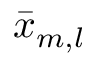
\bar { x } _ { m , l }